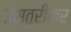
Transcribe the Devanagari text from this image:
उस्तुरीकर